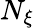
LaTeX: N_{\xi}